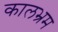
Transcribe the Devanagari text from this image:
कालभ्रम